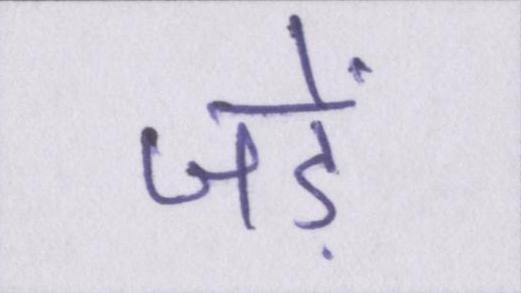
जड़ें